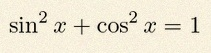
\sin^2x+\cos^2x=1